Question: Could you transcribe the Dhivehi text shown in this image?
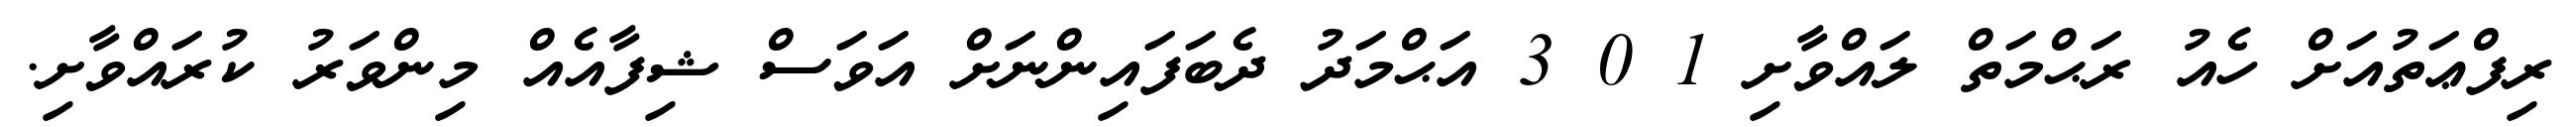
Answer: ރިފްޢަތުއަށް ހެއު ރަޙްމަތް ލައްވާށި 1 0 3 އަޙްމަދު ދެބަފައިންނަށް އަވަސް ޝިފާއެއް މިންވަރު ކުރައްވާށި.